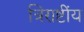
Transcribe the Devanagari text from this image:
त्रिराष्टींय